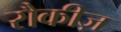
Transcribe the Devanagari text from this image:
रौकीज़